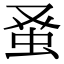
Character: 𫊫